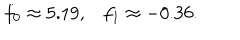
LaTeX: f _ { 0 } \approx 5 . 1 9 , f _ { 1 } \approx - 0 . 3 6 .